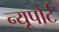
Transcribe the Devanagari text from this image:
न्‍यूपोर्ट